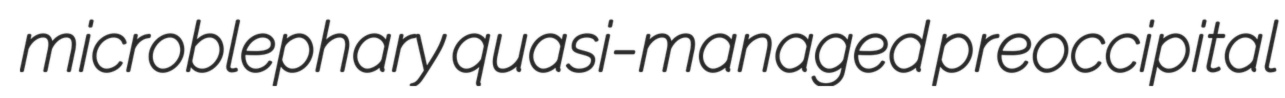
microblephary quasi-managed preoccipital